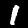
Label: 1